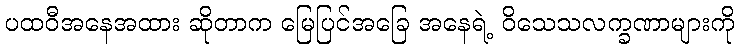
ပထဝီအနေအထား ဆိုတာက မြေပြင်အခြေ အနေရဲ့ ဝိသေသလက္ခဏာများကို